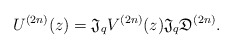
\begin{align*} U^{(2n)}(z)={\mathfrak J}_qV^{(2n)}(z){\mathfrak J}_q {\mathfrak D^{(2n)}}.\end{align*}